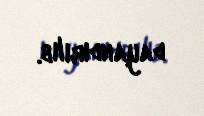
dayandırılıb.